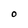
Character: O